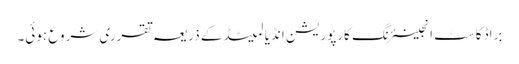
براڈکاسٹ انجینئرنگ کارپوریشن انڈیا لمیٹڈکے ذریعہ تقرری شروع ہوئی۔